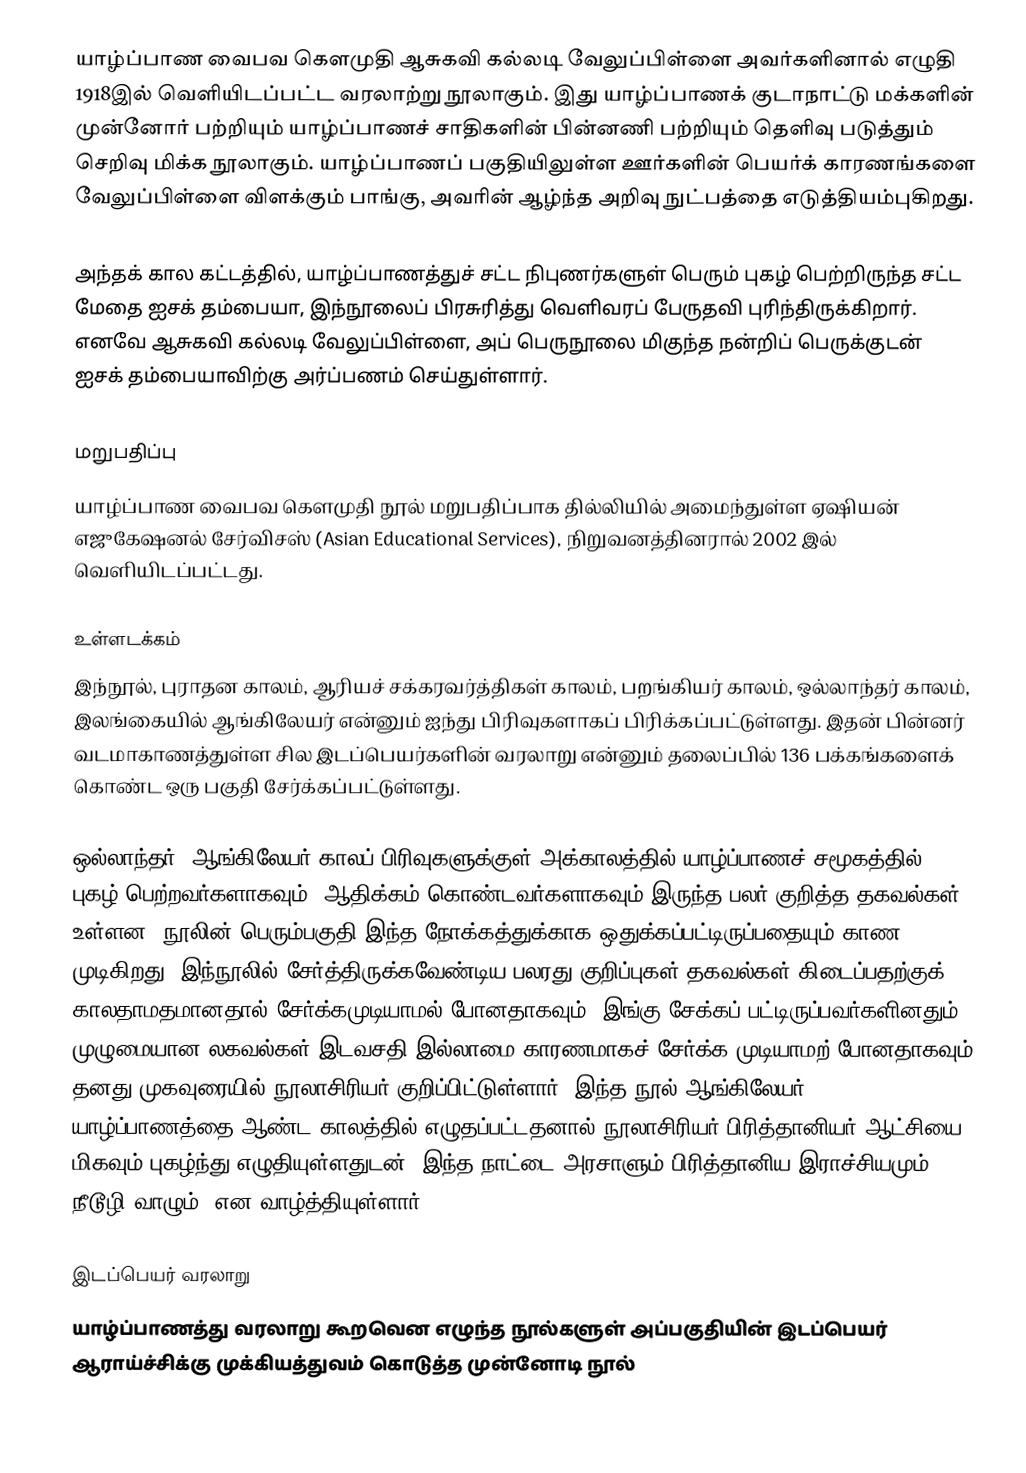
யாழ்ப்பாண வைபவ கௌமுதி ஆசுகவி கல்லடி வேலுப்பிள்ளை அவர்களினால் எழுதி 1918இல் வெளியிடப்பட்ட வரலாற்று நூலாகும். இது யாழ்ப்பாணக் குடாநாட்டு மக்களின் முன்னோர் பற்றியும் யாழ்ப்பாணச் சாதிகளின் பின்னணி பற்றியும் தெளிவு படுத்தும் செறிவு மிக்க நூலாகும். யாழ்ப்பாணப் பகுதியிலுள்ள ஊர்களின் பெயர்க் காரணங்களை வேலுப்பிள்ளை விளக்கும் பாங்கு, அவரின் ஆழ்ந்த அறிவு நுட்பத்தை எடுத்தியம்புகிறது.

அந்தக் கால கட்டத்தில், யாழ்ப்பாணத்துச் சட்ட நிபுணர்களுள் பெரும் புகழ் பெற்றிருந்த சட்ட மேதை ஐசக் தம்பையா, இந்நூலைப் பிரசுரித்து வெளிவரப் பேருதவி புரிந்திருக்கிறார். எனவே ஆசுகவி கல்லடி வேலுப்பிள்ளை, அப் பெருநூலை மிகுந்த நன்றிப் பெருக்குடன் ஐசக் தம்பையாவிற்கு அர்ப்பணம் செய்துள்ளார்.

மறுபதிப்பு
யாழ்ப்பாண வைபவ கௌமுதி நூல் மறுபதிப்பாக தில்லியில் அமைந்துள்ள ஏஷியன் எஜுகேஷனல் சேர்விசஸ் (Asian Educational Services), நிறுவனத்தினரால் 2002 இல் வெளியிடப்பட்டது.

உள்ளடக்கம்
இந்நூல், புராதன காலம், ஆரியச் சக்கரவர்த்திகள் காலம், பறங்கியர் காலம், ஒல்லாந்தர் காலம், இலங்கையில் ஆங்கிலேயர் என்னும் ஐந்து பிரிவுகளாகப் பிரிக்கப்பட்டுள்ளது. இதன் பின்னர் வடமாகாணத்துள்ள சில இடப்பெயர்களின் வரலாறு என்னும் தலைப்பில் 136 பக்கங்களைக் கொண்ட ஒரு பகுதி சேர்க்கப்பட்டுள்ளது.

ஒல்லாந்தர், ஆங்கிலேயர் காலப் பிரிவுகளுக்குள் அக்காலத்தில் யாழ்ப்பாணச் சமூகத்தில் புகழ் பெற்றவர்களாகவும், ஆதிக்கம் கொண்டவர்களாகவும் இருந்த பலர் குறித்த தகவல்கள் உள்ளன. நூலின் பெரும்பகுதி இந்த நோக்கத்துக்காக ஒதுக்கப்பட்டிருப்பதையும் காண முடிகிறது. இந்நூலில் சேர்த்திருக்கவேண்டிய பலரது குறிப்புகள் தகவல்கள் கிடைப்பதற்குக் காலதாமதமானதால் சேர்க்கமுடியாமல் போனதாகவும், இங்கு சேக்கப் பட்டிருப்பவர்களினதும் முழுமையான லகவல்கள் இடவசதி இல்லாமை காரணமாகச் சேர்க்க முடியாமற் போனதாகவும் தனது முகவுரையில் நூலாசிரியர் குறிப்பிட்டுள்ளார். இந்த நூல் ஆங்கிலேயர் யாழ்ப்பாணத்தை ஆண்ட காலத்தில் எழுதப்பட்டதனால் நூலாசிரியர் பிரித்தானியர் ஆட்சியை மிகவும் புகழ்ந்து எழுதியுள்ளதுடன் "இந்த நாட்டை அரசாளும் பிரித்தானிய இராச்சியமும் நீடூழி வாழும்" என வாழ்த்தியுள்ளார்.

இடப்பெயர் வரலாறு
யாழ்ப்பாணத்து வரலாறு கூறவென எழுந்த நூல்களுள் அப்பகுதியின் இடப்பெயர் ஆராய்ச்சிக்கு முக்கியத்துவம் கொடுத்த முன்னோடி நூல்